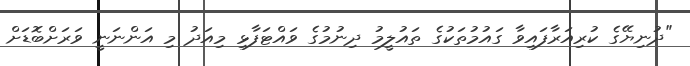
"ދުނިޔޭގެ ކުރިއަރާފައިވާ ގައުމުތަކުގެ ތައުލީމު ދިނުމުގެ ވައްޓަފާޅި މިއަދު މި އަންނަނީ ވަރަށްބޮޑަށް